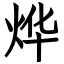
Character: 烨